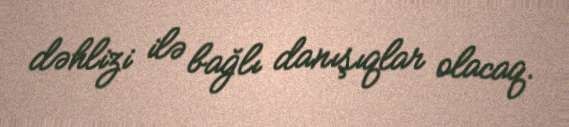
dəhlizi ilə bağlı danışıqlar olacaq.